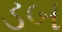
ડબ